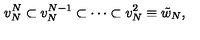
v _ { N } ^ { N } \subset v _ { N } ^ { N - 1 } \subset \cdots \subset v _ { N } ^ { 2 } \equiv { \tilde { w } } _ { N } ,